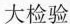
大检验